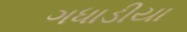
ગધાડીયા